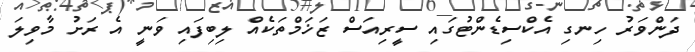
ދަންވަރު ހިނގި އެކްސިޑެންޓުގައި ސީރިއަސް ޒަޚަމްތަކެއް ލިބިފައި ވަނީ އެ ރަށު މާވިލަ